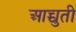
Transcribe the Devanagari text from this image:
आच्चुती